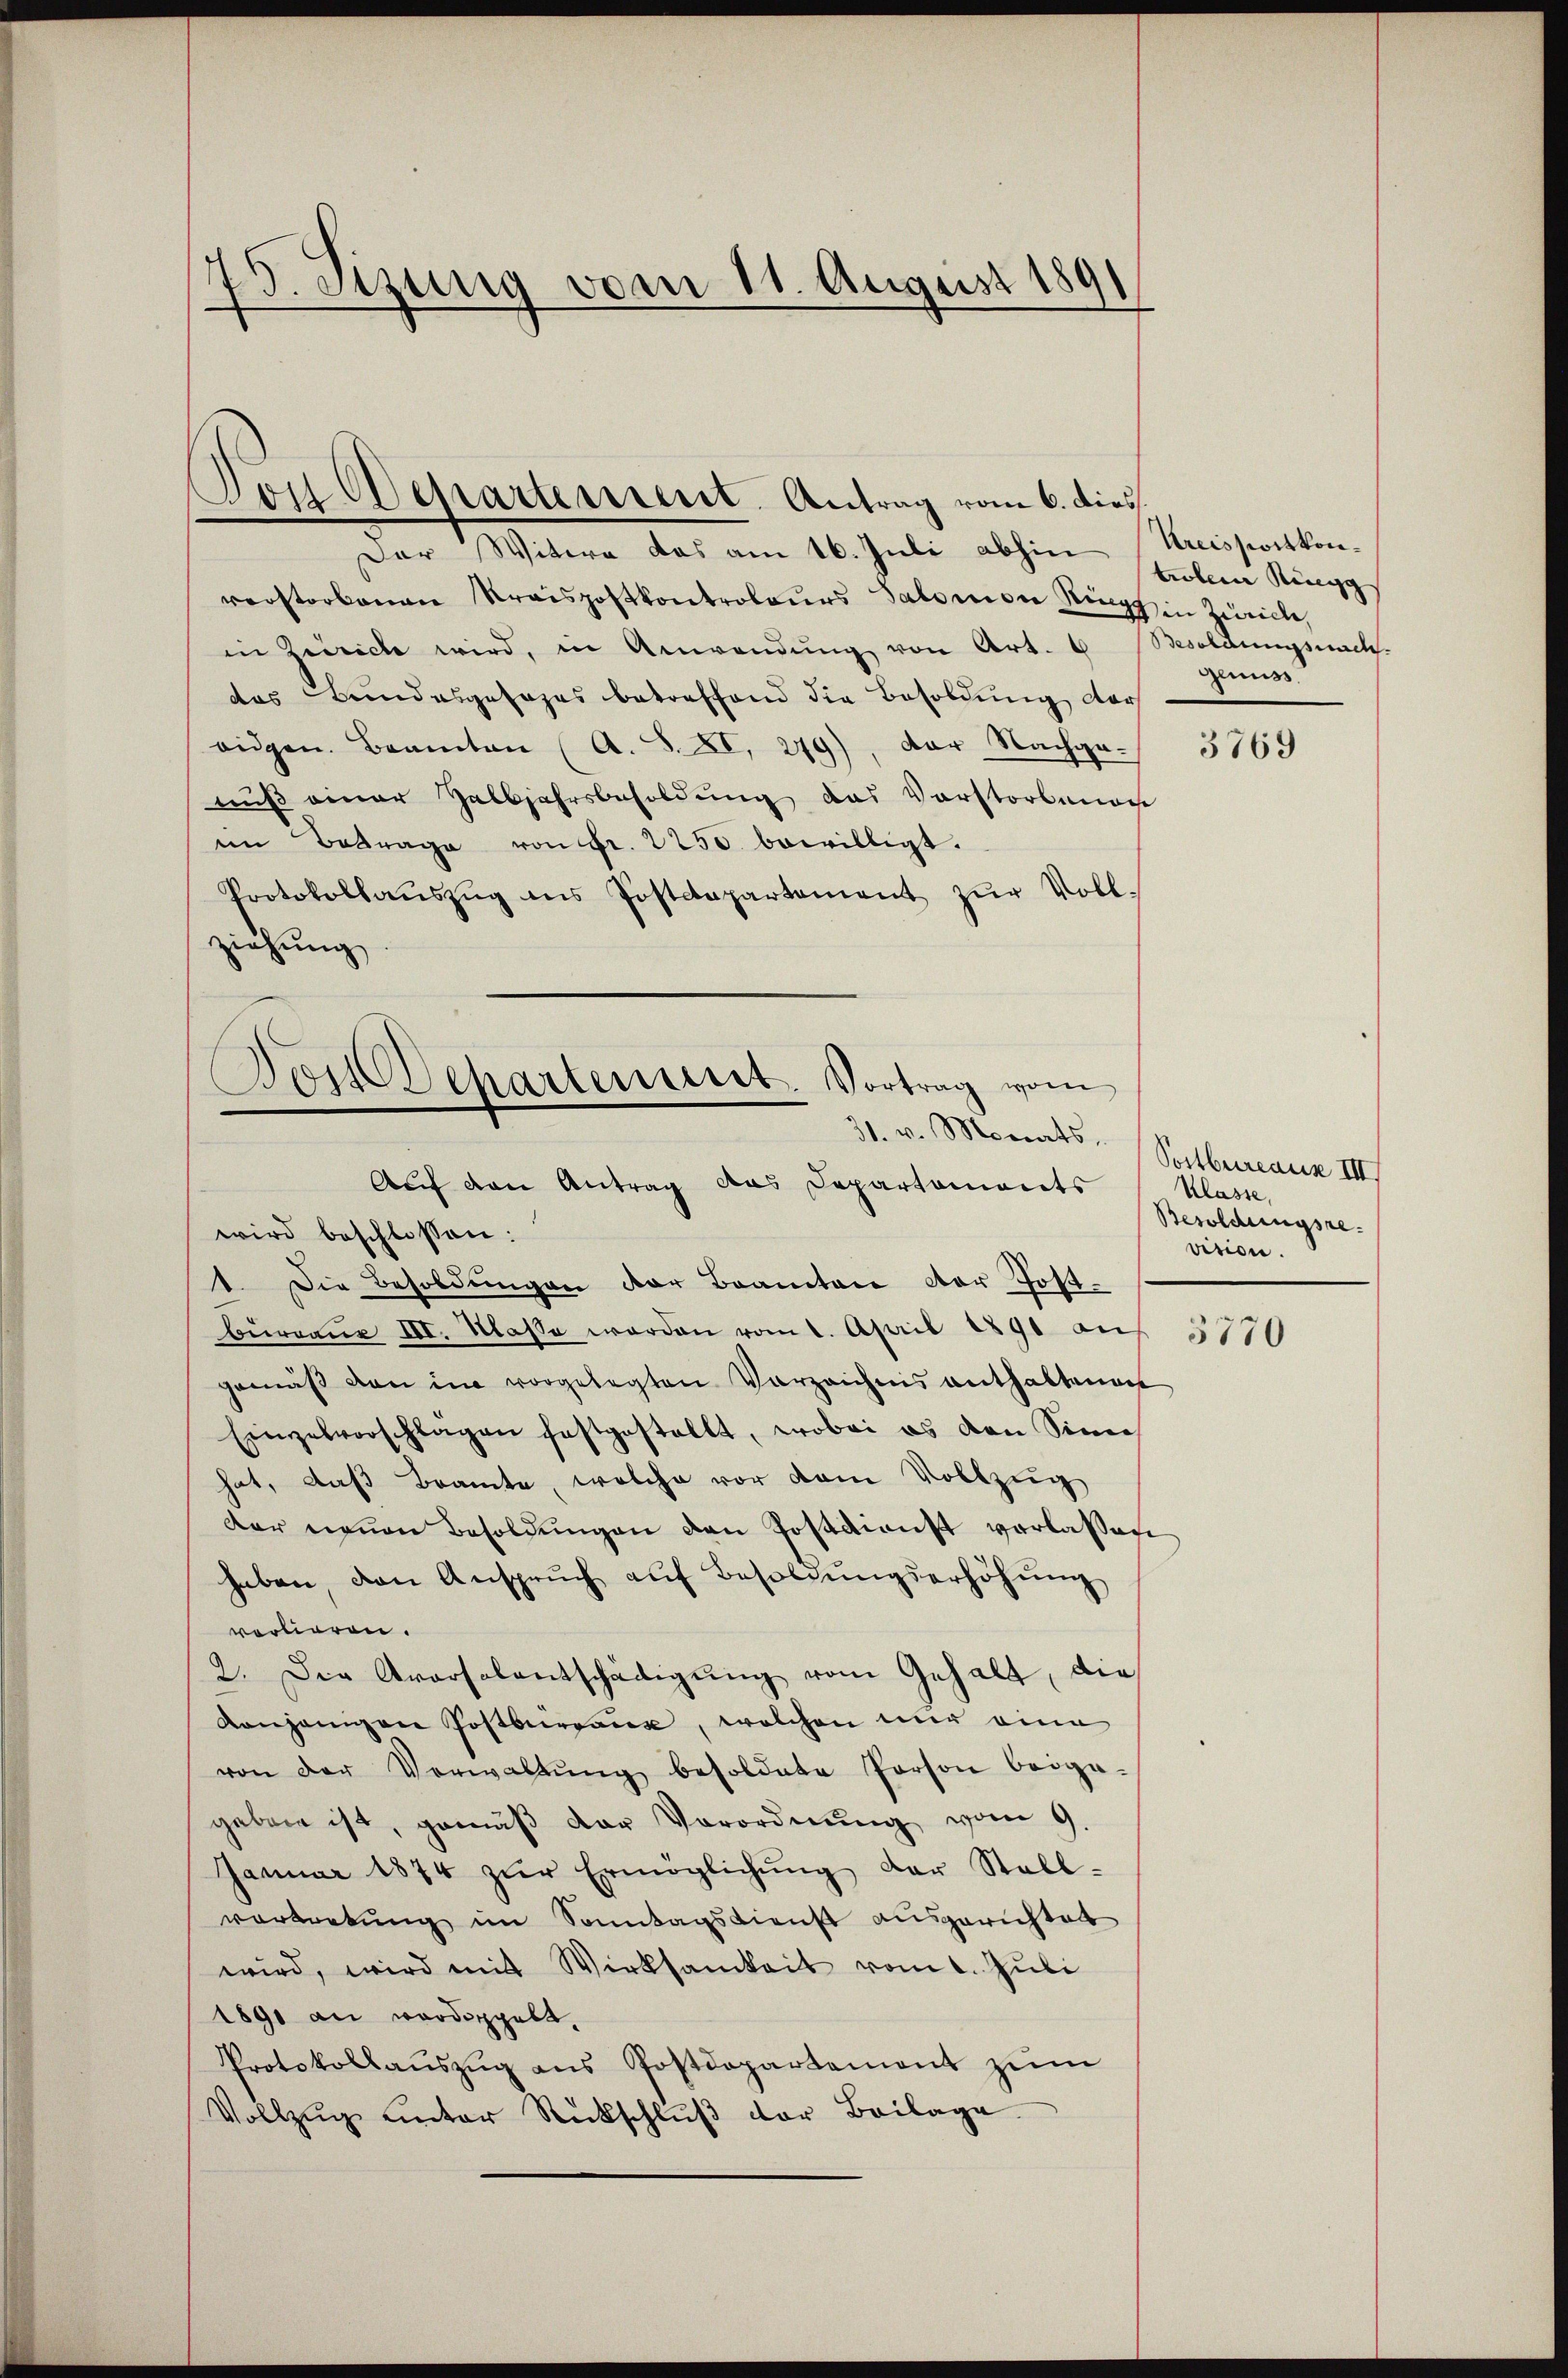
45. Sizung vom 11. August 1891
—

Von Departement. Antrag vom 6. dies

Der Witwe das am 16. Juli abhin
verstorbenen Kraispostkontroleurs Salomon Ring in Zürich,
in Zeiche wird, in Anwendung von Art. 6
das Bundesgesages betreffend die Besoldung der
eidgen. Beamten (A. S. XI, 279), der Nachge-
muß einer Zalbjahrsbesoldung das Vorstorbenen
im Betrage von Fr. 2250. bewilligt.
Protokollaŭszŭg ans Postdepartement zŭr Voll-
ziehung
Auf den Antrag das Departaments
wird beschlossen:
1. Die Besoldungen der Branten der Postbüreaŭe III. Klasse werden vom 1. April 1891 an
gemäß von in vorgelegten Vorzeichnis enthaltenen
Einzelvorschlagen festgestellt, wobei es den Sinne
hat, daß Beamte, welche vor dem Vollzug
dar neuen Besoldŭngen den Postdienst verlassen
haben, den Ansprŭch aŭf Besoldŭngserhöhŭng
vorlieren.
2. Die Aversalentschädigung vom Gehalt, die
Konjenigen Postbrann, welchen nur eine
von der Verwaltŭng besoldate Person beiga-
geben ist, gemäβ der Verordnŭng vom 9.
Januar 1874 zŭr Ermöglichŭng der Stall-
vortretung im Sonntagsdienst ausgerichtet
wird, wird mit Wirksamkeit vom 1. Juli
1891 an wordoppelt.
Protokollaŭszŭg ans Postdepartement zŭm
Vollzŭg unter Rückschlŭβ der Beilage

Dort Departement. Vortrag vom
31. v. Monats,

Kreisswortkontroler Ringg
Besoldungsnach.
Genuss.

3769

Postbureaux III
Klasse,
Besoldungsre
vition.
3770